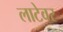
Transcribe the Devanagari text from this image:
लाटेवर